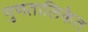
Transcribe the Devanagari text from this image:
गुणतालिकेत